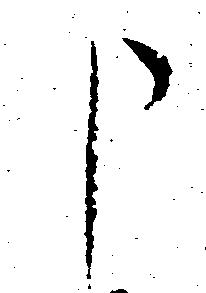
申